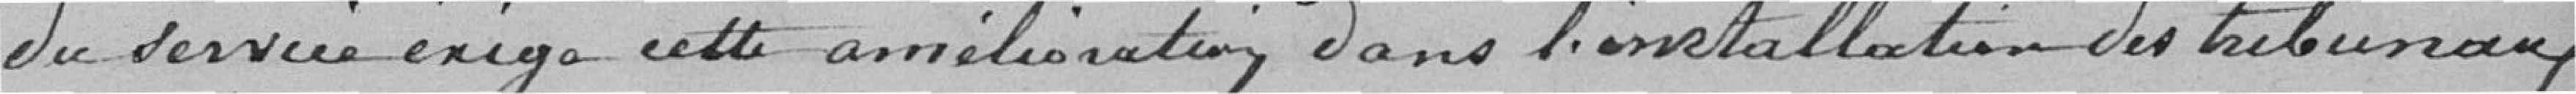
du service exige cette amélioration dans l'installation des Tribunaux